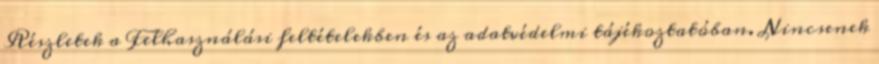
Részletek a Felhasználási feltételekben és az adatvédelmi tájékoztatóban. Nincsenek